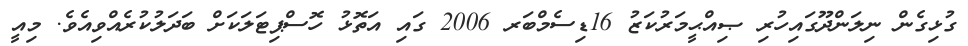
ގުޅިގެން ނިލަންދޫގައިހުރި ޞިއްޙީމަރުކަޒު 16ޑިސެމްބަރ 2006 ގައި އަތޮޅު ހޮސްޕިޓަލަކަށް ބަދަލުކުރެއްވިއެވެ. މިއީ